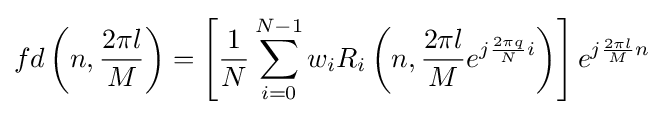
fd\left(n,{\frac {2\pi l}{M}}\right)=\left[{\frac {1}{N}}\sum _{i=0}^{N-1}w_{i}R_{i}\left(n,{\frac {2\pi l}{M}}e^{j{\frac {2\pi q}{N}}i}\right)\right]e^{j{\frac {2\pi l}{M}}n}